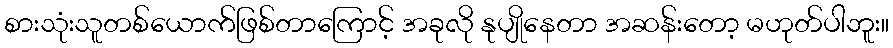
စားသုံးသူတစ်ယောက်ဖြစ်တာကြောင့် အခုလို နုပျိုနေတာ အဆန်းတော့ မဟုတ်ပါဘူး။